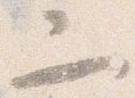
二